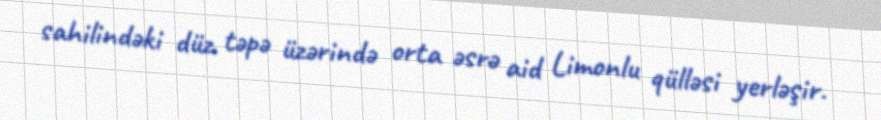
sahilindəki düz təpə üzərində orta əsrə aid Limonlu qülləsi yerləşir.